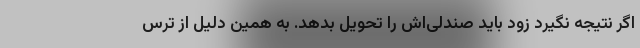
اگر نتیجه نگیرد زود باید صندلی‌اش را تحویل بدهد. به همین دلیل از ترس